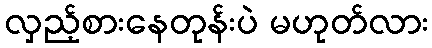
လှည့်စားနေတုန်းပဲ မဟုတ်လား